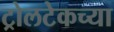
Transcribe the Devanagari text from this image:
ट्रोलटेकच्या